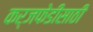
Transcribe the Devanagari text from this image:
कर्जफेडीसाठी